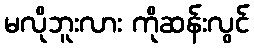
မလိုဘူးလား ကိုဆန်းလွင်